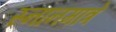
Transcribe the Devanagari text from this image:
स्नानमात्रे